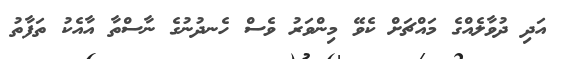
އަދި ދުވާލެއްގެ މައްޗަށް ކެވޭ މިންވަރު ވެސް ހެނދުނުގެ ނާސްތާ އާއެކު ތަފާތު